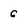
Character: 6